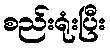
စည်းရုံးပြီး